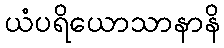
ယံပရိယောသာနာနိ